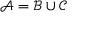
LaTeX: { \mathcal { A } } = { \mathcal { B } } \cup { \mathcal { C } }